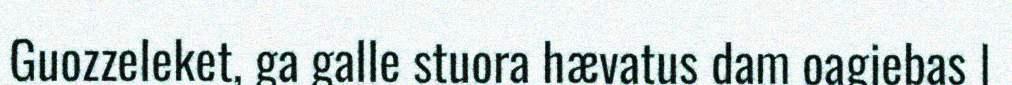
Guozzeleket, ga galle stuora hævatus dam oagjebas |